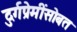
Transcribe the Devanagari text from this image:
दुर्गप्रेमींसोबत